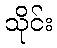
သိုင်း